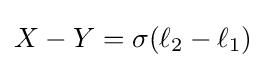
X-Y=\sigma (\ell _{2}-\ell _{1})